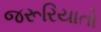
જરૂરિયાતો